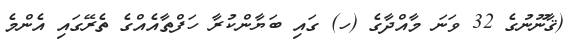
(ޤާނޫނުގެ 32 ވަނަ މާއްދާގެ (ހ) ގައި ބަޔާންކުރާ ހަފްތާއެއްގެ ތެރޭގައި އެންމެ